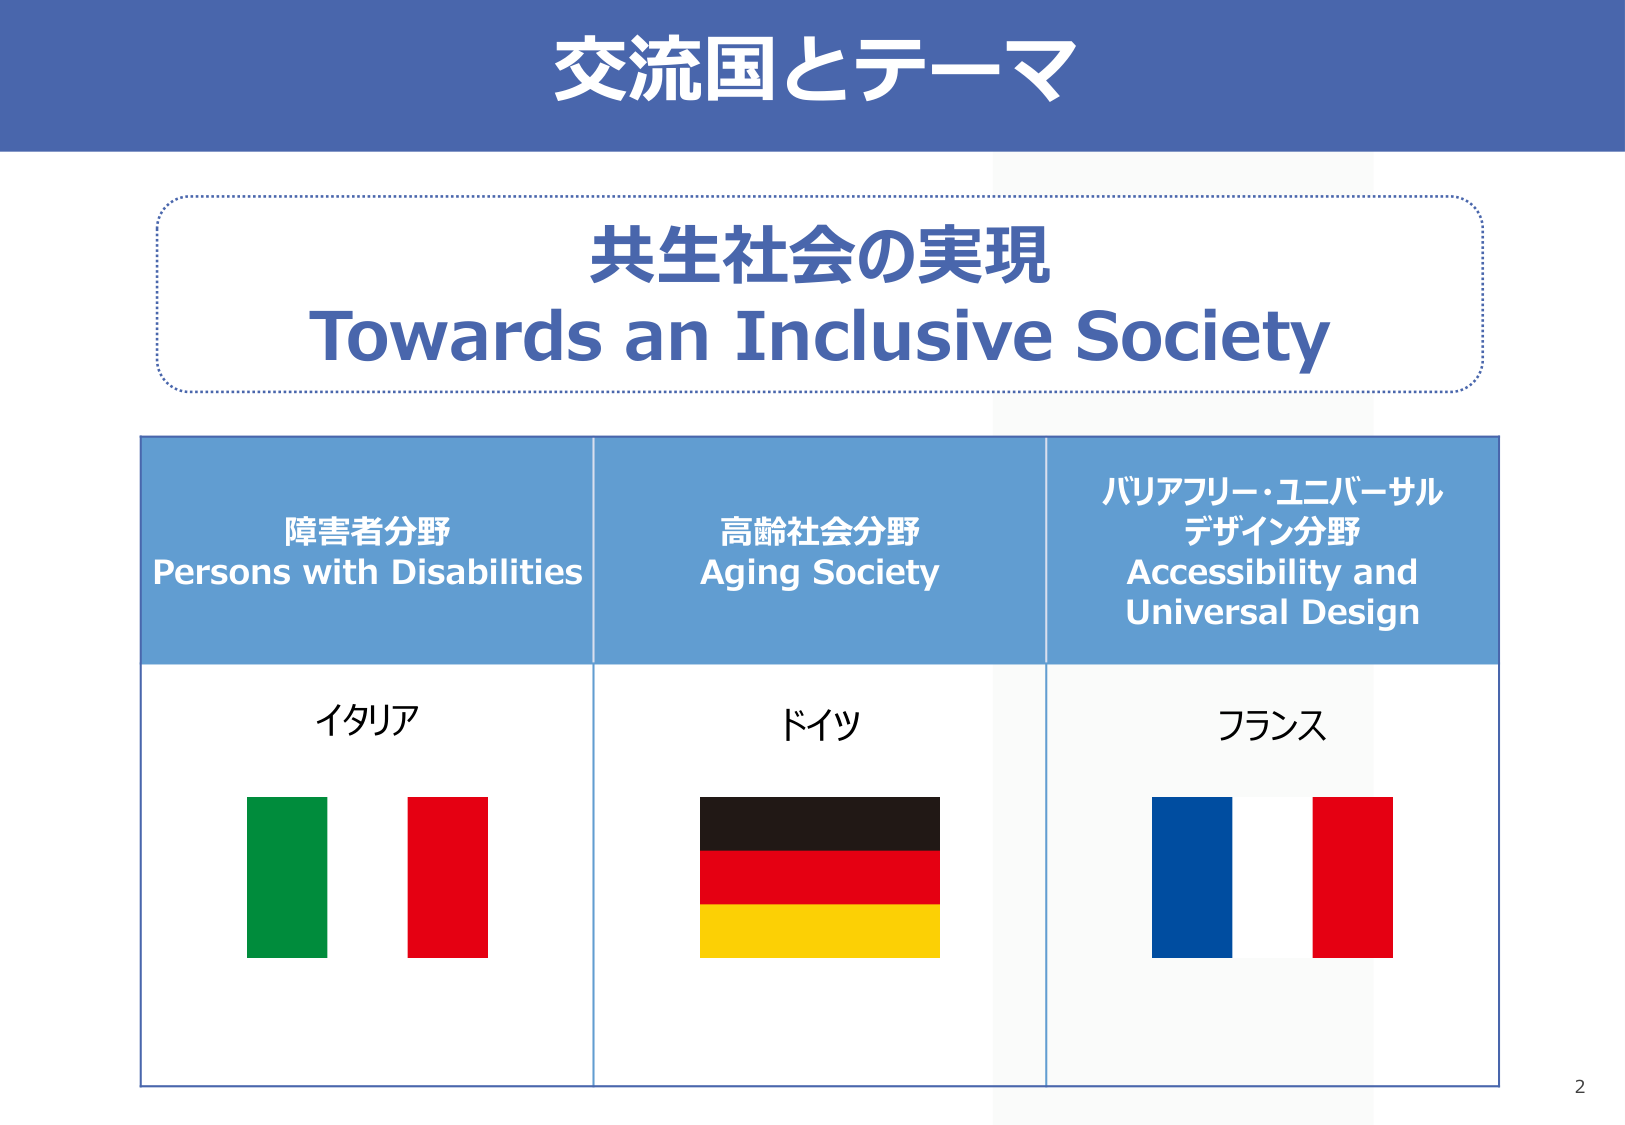
交流国とテーマ

共生社会の実現
Towards an Inclusive Society

障害者分野
Persons with Disabilities

高齢社会分野
Aging Society

バリアフリー・ユニバーサル
デザイン分野
Accessibility and
Universal Design

イタリア

ドイツ

フランス

2